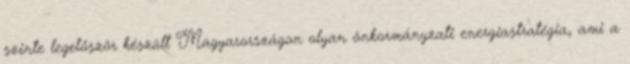
szinte legelőször készült Magyarországon olyan önkormányzati energiastratégia, ami a